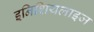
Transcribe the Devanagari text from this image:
इनिशियलाइज